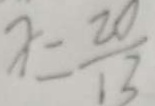
x = \frac { 2 0 } { 1 3 }